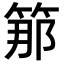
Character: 𥭵